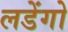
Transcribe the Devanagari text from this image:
लडेंगो